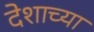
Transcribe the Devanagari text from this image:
देशाच्‍या